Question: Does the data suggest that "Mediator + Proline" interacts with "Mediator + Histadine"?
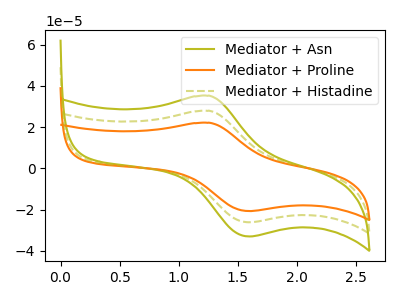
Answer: <think>The olive curve "Mediator + Asn" has an anodic peak at (1.25V, 55.75uA) and a cathodic peak at (1.60V, -52.40uA). The orange curve "Mediator + Proline" has an anodic peak at (1.25V, 22.10uA) and a cathodic peak at (1.60V, -20.75uA). The olive dashed curve "Mediator + Histadine" has an anodic peak at (1.25V, 27.90uA) and a cathodic peak at (1.60V, -26.20uA).
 All the peaks in "Mediator + Proline" have a peak in "Mediator + Histadine" at the same potential. Every peak in "Mediator + Proline" is lower than every peak in "Mediator + Histadine".</think>
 <answer>No, "Mediator + Proline" and "Mediator + Histadine" don't appear to be significantly different in shape</answer>
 <eval>no_change</eval>